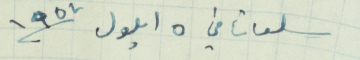
سلعاتا في ٥ ايلول ١٩٥٧